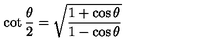
\cot \frac { \theta } { 2 } = \sqrt { \frac { 1 + \cos \theta } { 1 - \cos \theta } }